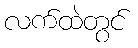
လက်ထဲတွင်